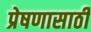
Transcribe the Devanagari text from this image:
प्रेषणासाठी